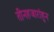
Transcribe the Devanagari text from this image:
तीनहजारांहून